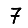
Digit: 7